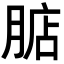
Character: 𣎀